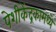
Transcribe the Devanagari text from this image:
पेशीकेंद्रकामध्ये